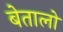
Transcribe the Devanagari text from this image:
बेतालो